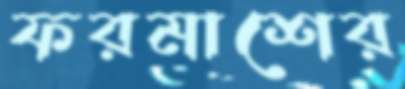
ফরমাশের